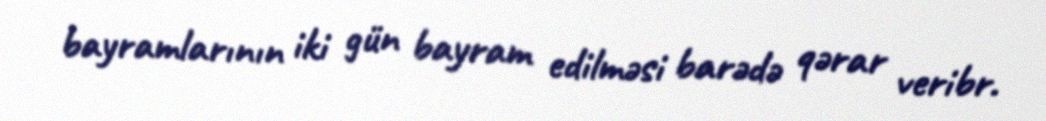
bayramlarının iki gün bayram edilməsi barədə qərar veribr.